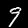
Label: 9